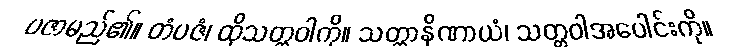
ပဇာမည်၏။ တံပဇံ၊ ထိုသတ္တဝါကို။ သတ္တာနိဏာယံ၊ သတ္တဝါအပေါင်းကို။